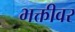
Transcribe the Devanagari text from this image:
भक्तीवर